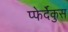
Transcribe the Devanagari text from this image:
प्फेर्देकुस